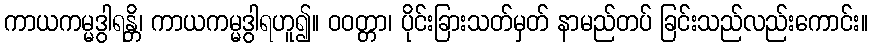
ကာယကမ္မဒွါရန္တိ၊ ကာယကမ္မဒွါရဟူ၍။ ဝဝတ္တာ၊ ပိုင်းခြားသတ်မှတ် နာမည်တပ် ခြင်းသည်လည်းကောင်း။